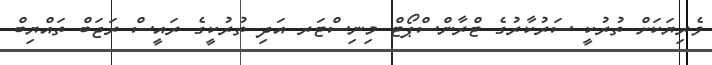
ވެރިޔަކަށް ތުރުކީ ސަރުކާރުގެ ޓްރާންސްޕޯޓް މިނިސްޓަރ އަދި ތުރުކީގެ ރައީސް ރަޖަބް ތައްޔިބް